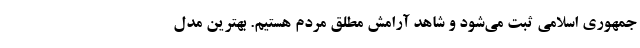
جمهوری اسلامی ثبت می‌شود و شاهد آرامش مطلق مردم هستیم. بهترین مدل